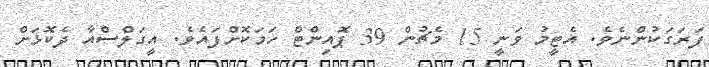
ފަރަގަކުންނެވެ. އެޓީމު ވަނީ 15 މެޗުން 39 ޕޮއިންޓް ހަމަކޮށްފައެވެ. އީގަލްސްއާ ދެކޮޅަށް